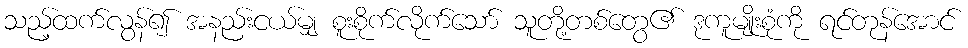
သည့်ထက်လွန်၍ အနည်းငယ်မျှ စူးစိုက်လိုက်သော် သူတို့တစ်တွေ၏ ဒုကူမျိုးစုံကို ရင်တုန်အောင်